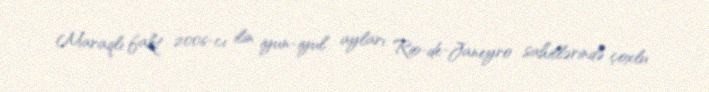
Maraqlı fakt 2006-cı ilin iyun-iyul ayları Rio-de-Janeyro sahillərində çoxlu